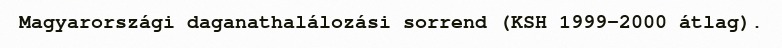
Magyarországi daganathalálozási sorrend (KSH 1999–2000 átlag).